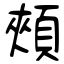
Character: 頰